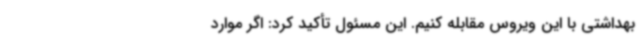
بهداشتی با این ویروس مقابله کنیم. این مسئول تأکید کرد: اگر موارد